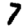
Digit: 7